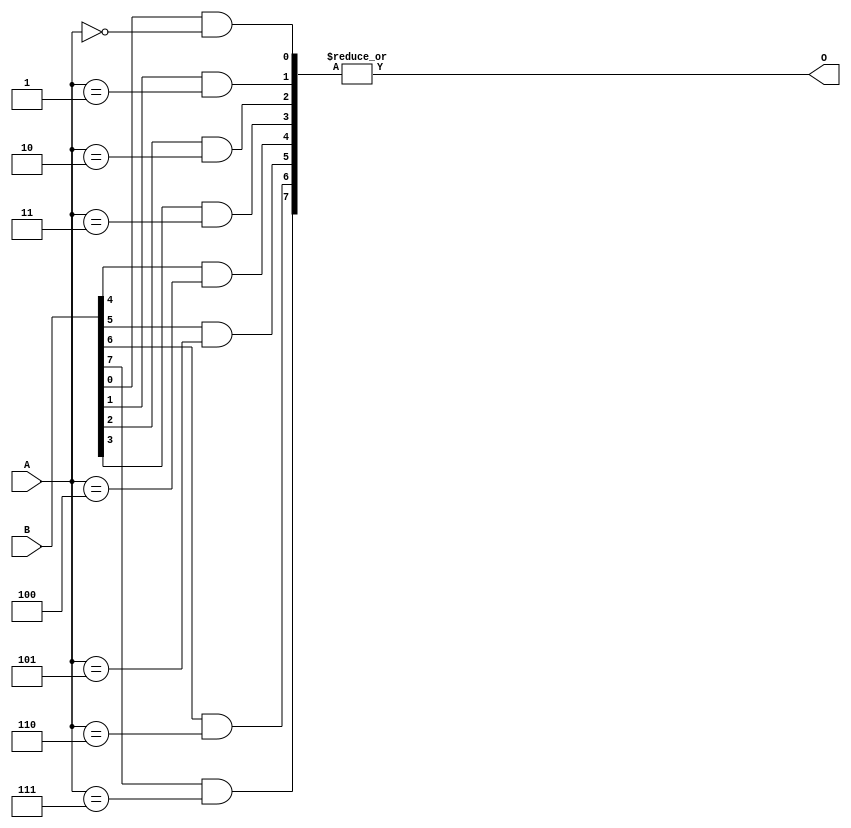
module mLUT3(A, B, O);

input [2:0] A;
output O;
input [7:0] B;

wire [7:0] C;

//assign C[0] = B[0] & A==2'b00;
//assign C[1] = B[1] & A==2'b01;
//assign C[2] = B[2] & A==2'b10;
//assign C[3] = B[3] & A==2'b10;

genvar i ;
generate
  for(i=0;i<8;i=i+1)
    assign C[i] = B[i] & (A==i);
endgenerate

assign O = |C;

//|C
//|C[3:0]
//C[3] | C[2] | C[1] | C[0] 
//C!=4'b0000

endmodule